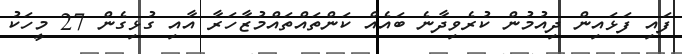
ފައި ފަޅައިން ދިއުމުން ކުރެވިދާނެ ބައެއް ކަންތައްތައްމުޒާހަރާ އާއި ގުޅިގެން 27 މީހަކު